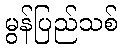
မွန်ပြည်သစ်